Lunatic asylums in Bengal annual reports 1888-1898 - 1888-1898
Year: 1888
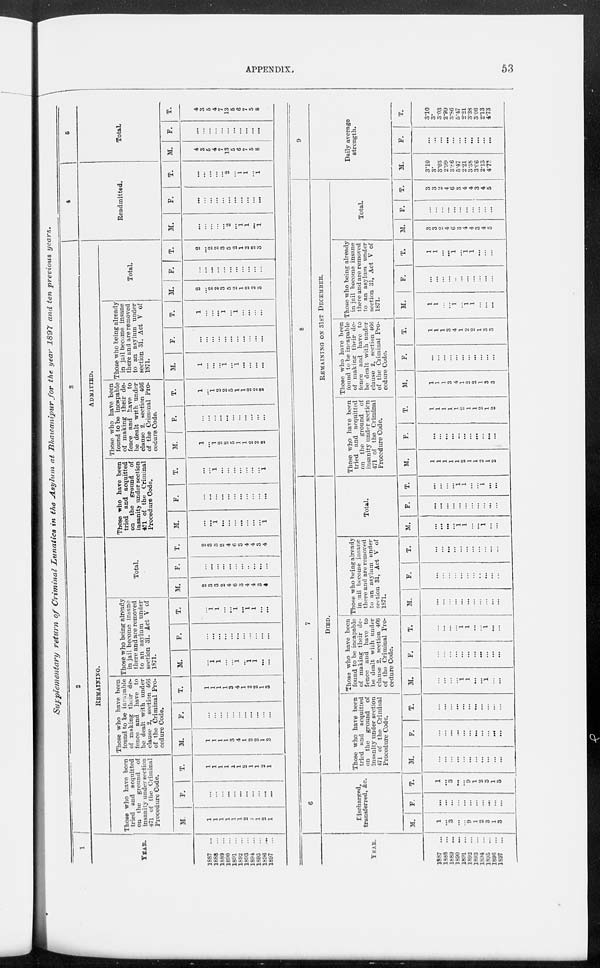
APPENDIX.
53
Supplementary
return of Criminal Lunatics in the Asylum at Bhawanipur for the year 1897 and ten previous
years.
1
YEAR.
1887 ...
1888 ...
1889 ...
1890 ...
1891 ...
1892 ...
1893 ...
1894 ...
1895 ...
1896
...
1897 ...
2
REMAINING.
Those who have been
tried and acquitted
on the ground of
insanity under section
471 of the Criminal
Procedure Code.
M.
1
1
1
1
1
1
2
1
1
2
1
F.
...
...
...
...
...
...
...
...
...
...
...
T.
1
1
1
1
1
1
2
1
1
2
1
Those who have been
found to be incapable
of making their de-
fence and have to
be dealt with under
clause 2, section 466
of the Criminal Pro-
cedure Code.
M.
1
1
1
1
3
4
1
2
2
1
3
F.
...
...
...
...
...
...
...
...
...
...
...
T.
1
1
1
1
3
4
1
2
2
1
3
Those who being already
in jail become insane
there and are removed
to an asylum under
section 31. Act V of
1871.
M.
...
1
1
...
...
1
...
1
1
...
...
F.
...
...
...
...
...
...
...
...
...
...
...
T.
...
1
1
...
...
1
...
1
1
...
...
Total.
M.
2
3
3
2
4
6
3
4
4
3
4
F.
...
...
...
...
...
...
...
...
...
...
...
T.
2
3
3
2
4
6
3
4
4
3
4
3
ADMITTED.
Those who have been
tried and acquitted
on the ground of
insanity under section
471 of the Criminal
Procedure Code.
M.
...
...
1
...
...
...
...
...
...
...
1
F.
...
...
...
...
...
...
...
...
...
...
...
T.
...
...
1
...
...
...
...
...
...
...
1
Those who have been
found to be incapable
of making their de-
fence and have to
be dealt with under
clause 2, section 466
of the Criminal Pro-
cedure Code.
M.
1
...
1
2
2
5
1
1
2
2
2
F.
...
...
...
...
...
...
...
...
...
...
...
T.
1
...
1
2
2
5
1
1
2
2
2
Those who being already
in jail become insane
there and are removed
to an asylum under
section 31. Act V of
1871.
M.
1
...
...
...
1
...
1
...
...
...
...
F.
...
...
...
...
...
...
...
...
...
...
...
T.
1
...
...
...
1
...
1
...
...
...
...
Total.
M.
2
...
2
2
3
5
2
1
2
2
3
F.
...
...
...
...
...
...
...
...
...
...
...
T.
2
...
2
2
3
5
2
1
2
2
3
4
Readmitted.
M.
...
...
...
...
...
2
...
1
1
...
1
F.
...
...
...
...
...
...
...
...
...
...
...
T.
...
...
...
...
...
2
...
1
1
...
1
5
Total.
M.
4
3
5
4
7
13
5
6
7
5
8
F.
...
...
...
...
...
...
...
...
...
...
...
T.
4
3
5
4
7
13
5
6
7
5
8
YEAR.
1887
...
1888
...
1889
...
1890
...
1891
...
1892
...
1893
...
1894
...
1895
...
1896
...
1897
...
6
Discharged,
transferred, &c.
M.
1
...
3
...
...
9
1
2
3
1
3
F.
...
...
...
...
...
...
...
...
...
...
...
T.
1
...
3
...
...
9
1
2
3
1
3
7
DIED.
Those who have been
tried and
acquitted
on the
ground
of
insanity under section
471 of the Criminal
Procedure Code.
M.
...
...
...
...
...
...
...
...
...
...
...
F.
...
...
...
...
...
...
...
...
...
...
...
T.
...
...
...
...
...
...
...
...
...
...
...
Those who have been
found to be incapable
of making their de-
fence and have to
be dealt with under
clause 2, section 466
of the Criminal Pro-
cedure Code.
M.
...
...
...
...
1
1
...
...
1
...
...
F.
...
...
...
...
...
...
...
...
...
...
...
T.
...
...
...
...
1
1
...
...
1
...
...
Those who being already
in jail become insane
there and are removed
to an asylum under
section 31, Act V of
1871.
M.
...
...
...
...
...
...
...
...
...
...
...
F.
...
...
...
...
...
...
...
...
...
...
...
T.
...
...
...
...
...
...
...
...
...
...
...
Total.
M.
...
...
...
...
1
1
...
...
1
...
...
F.
...
...
...
...
...
...
...
...
...
...
...
T.
...
...
...
...
1
1
...
...
1
...
...
8
REMAINING ON 31ST DECEMBER.
Those who have been
tried and acquitted
on the ground
of
insanity under section
471 of the Criminal
Procedure Code.
M.
1
1
1
1
1
2
1
1
2
1
2
F.
...
...
...
...
...
...
...
...
...
...
...
T.
1
1
1
1
1
2
1
1
2
1
2
Those who have been
found to be incapable
of making their de-
fence and have to
be dealt with under
clause 2, section 466
of the Criminal Pro-
cedure Code.
M.
1
1
1
3
4
1
2
2
1
3
3
F.
...
...
...
...
...
...
...
...
...
...
...
T.
1
1
1
3
4
1
2
2
1
3
3
Those who being already
in jail become insane
there and are removed
to an asylum under
section 31, Act V of
1871.
M.
1
1
...
...
1
...
1
1
...
...
...
F.
...
...
...
...
...
...
...
...
...
...
...
T.
1
1
...
...
1
...
1
1
...
...
...
Total.
M.
3
3
2
4
6
3
4
4
3
4
5
F.
...
...
...
...
...
...
...
...
...
...
...
T.
3
3
2
4
6
3
4
4
3
4
5
9
Daily average
strength.
M.
3.10
3.
3.03
2.99
3.86
5.47
2.21
3.38
3.66
2.13
4.73
F.
...
...
...
...
...
...
...
...
...
...
...
T.
3.10
3.
3.03
2.99
3.86
5.47
2.21
3.38
3.06
2.13
4.73